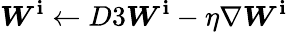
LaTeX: \boldsymbol{W}^{\mathbf{i}}\xleftarrow{}{{D3}}\boldsymbol{W}^{\mathbf{i}}-\eta\nabla\boldsymbol{W}^{\mathbf{i}}